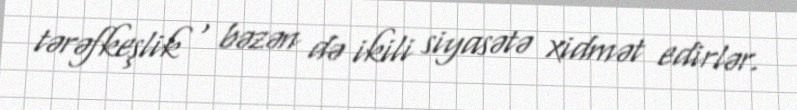
tərəfkeşlik , bəzən də ikili siyasətə xidmət edirlər.